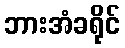
ဘားအံခရိုင်